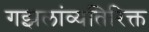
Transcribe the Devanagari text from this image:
गझलांव्यतिरिक्त